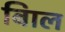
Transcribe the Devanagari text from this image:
बािल